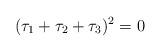
LaTeX: \begin{align*} (\tau_1 + \tau_2 + \tau_3)^2 = 0\end{align*}